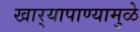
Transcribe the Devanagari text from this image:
खार्‍यापाण्यामुळे